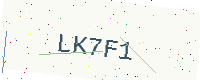
Text: LK7F1